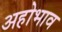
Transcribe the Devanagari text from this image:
अहोभाव